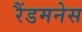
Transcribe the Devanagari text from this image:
रैंडमनेस